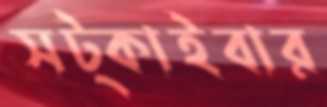
সট্‌কাইবার